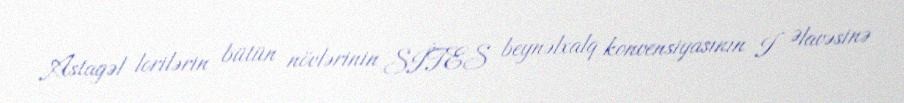
Astagəl lorilərin bütün növlərinin SİTES beynəlxalq konvensiyasının I Əlavəsinə